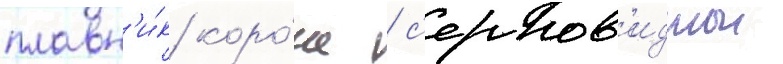
плавн'и́к коро́че / с'ерпов'иднои